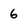
Character: 6